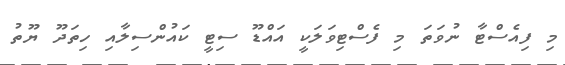
މި ފިއެސްޓާ ނުވަތަ މި ފެސްޓިވަލަކީ އައްޑޫ ސިޓީ ކައުންސިލާއި ހިތަދޫ ޔޫތު